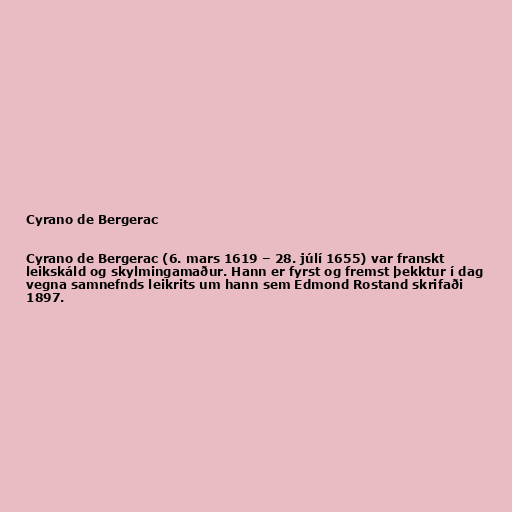
Cyrano de Bergerac

Cyrano de Bergerac (6. mars 1619 – 28. júlí 1655) var franskt
leikskáld og skylmingamaður. Hann er fyrst og fremst þekktur í dag
vegna samnefnds leikrits um hann sem Edmond Rostand skrifaði
1897.